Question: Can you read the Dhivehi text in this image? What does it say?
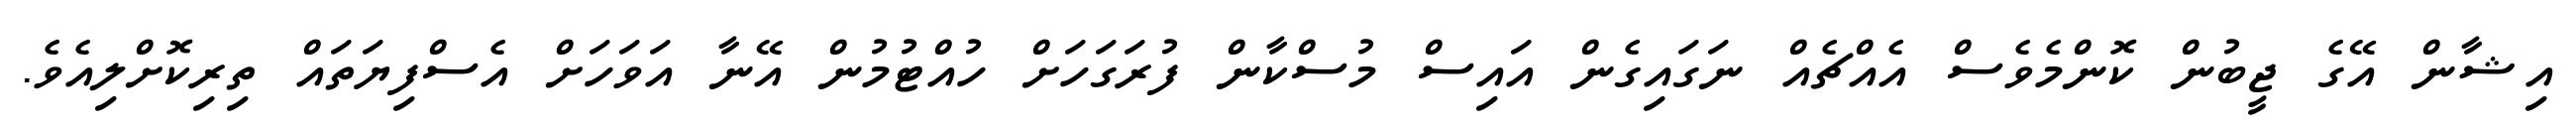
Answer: އިޝާން އޭގެ ޖީބުން ކޮންމެވެސް އެއްޗެއް ނަގައިގެން އައިސް މުސްކާން ފުރަގަހަށް ހުއްޓުމުން އޭނާ އަވަހަށް އެސްފިޔަތައް ތިރިކޮށްލިއެވެ.